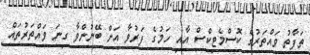
ތަފާތު ވައްތަރުގެ ކޮސްމެޓިކްސް އާއި ހަމުގެ ފަރުވާ އަށް ބޭނުންވާ ގިނަ ވައްތަރުތައް